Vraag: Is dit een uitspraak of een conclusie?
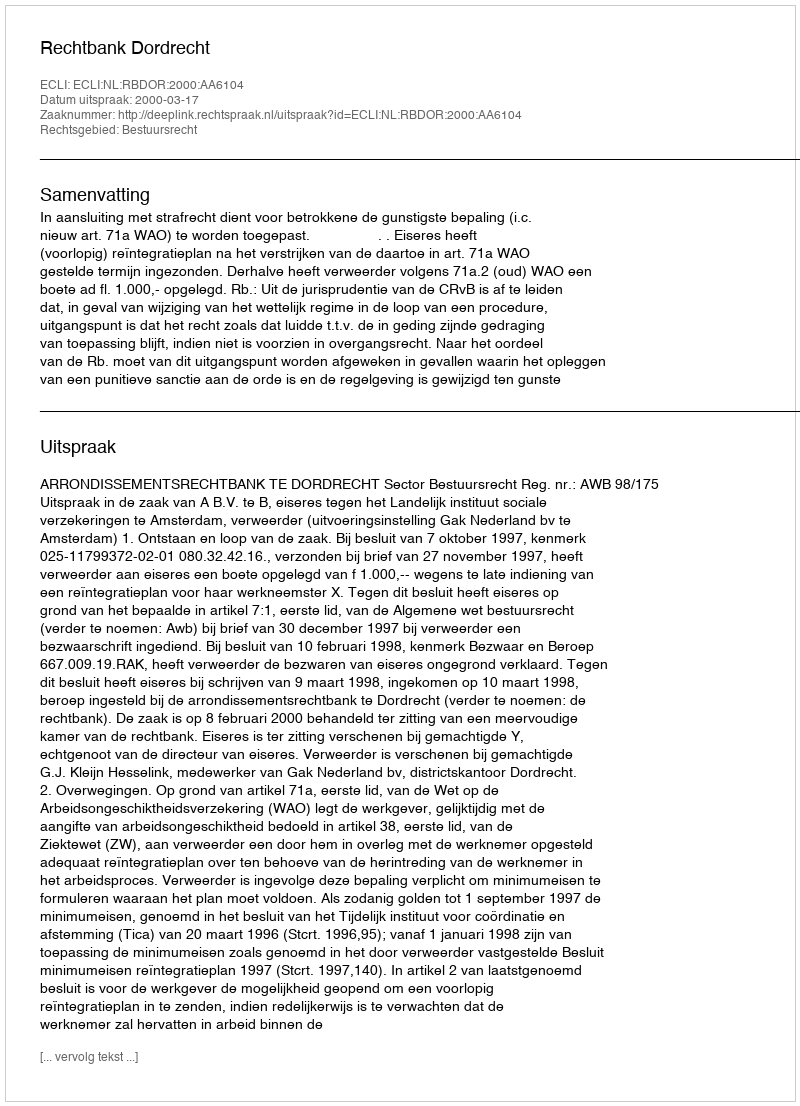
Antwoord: Uitspraak